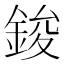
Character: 鋑